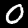
Label: 0